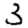
Digit: 3